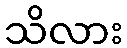
သိလား